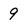
Character: 9